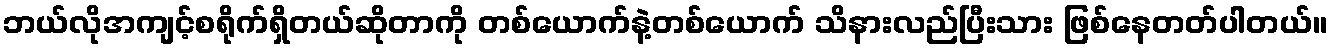
ဘယ်လိုအကျင့်စရိုက်ရှိတယ်ဆိုတာကို တစ်ယောက်နဲ့တစ်ယောက် သိနားလည်ပြီးသား ဖြစ်နေတတ်ပါတယ်။